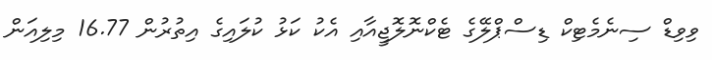
ވިވިޑް ސިނެމެޓިކް ޑިސްޕްލޭގެ ޓެކްނޮލޮޖީއާއި އެކު ކަޅު ކުލައިގެ އިތުރުން 16.77 މިލިއަން